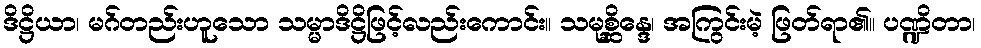
ဒိဋ္ဌိယာ၊ မဂ်တည်းဟူသော သမ္မာဒိဋ္ဌိဖြင့်လည်းကောင်း။ သမုစ္ဆိန္ဒေ၊ အကြွင်းမဲ့ ဖြတ်ရာ၏။ ပဏ္ဍိတာ၊